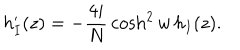
h _ { I } ^ { \prime } ( z ) = - \frac { 4 i } { N } \, \cosh ^ { 2 } w \, h _ { I } ( z ) .